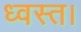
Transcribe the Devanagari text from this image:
ध्वस्त।